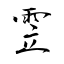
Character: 雴